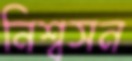
নিশ্বসন